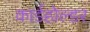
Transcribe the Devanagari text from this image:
कार्डहोल्डर